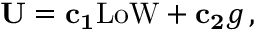
\small { \bf U } = { \bf c _ { 1 } } \mathrm { L o W } + { \bf c _ { 2 } } g \, ,